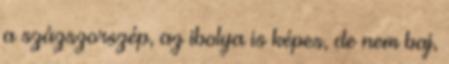
a százszorszép, az ibolya is képes, de nem baj,